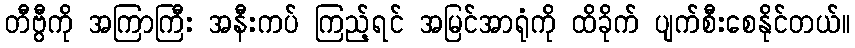
တီဗွီကို အကြာကြီး အနီးကပ် ကြည့်ရင် အမြင်အာရုံကို ထိခိုက် ပျက်စီးစေနိုင်တယ်။